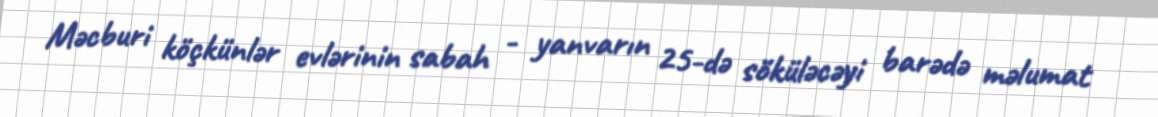
Məcburi köçkünlər evlərinin sabah - yanvarın 25-də söküləcəyi barədə məlumat